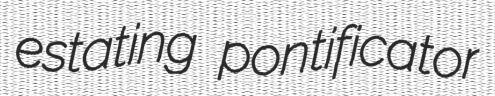
estating pontificator